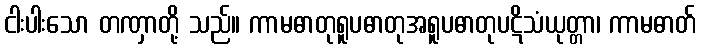
ငါးပါးသော တဏှာတို့ သည်။ ကာမဓာတုရူပဓာတုအရူပဓာတုပဋိသံယုတ္တာ၊ ကာမဓာတ်